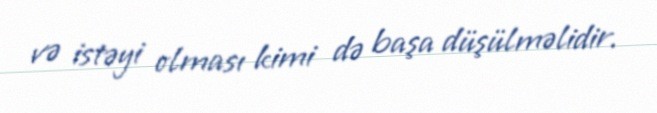
və istəyi olması kimi də başa düşülməlidir.